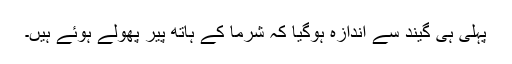
پہلی ہی گیند سے اندازہ ہوگیا کہ شرما کے ہاتھ پیر پھولے ہوئے ہیں۔